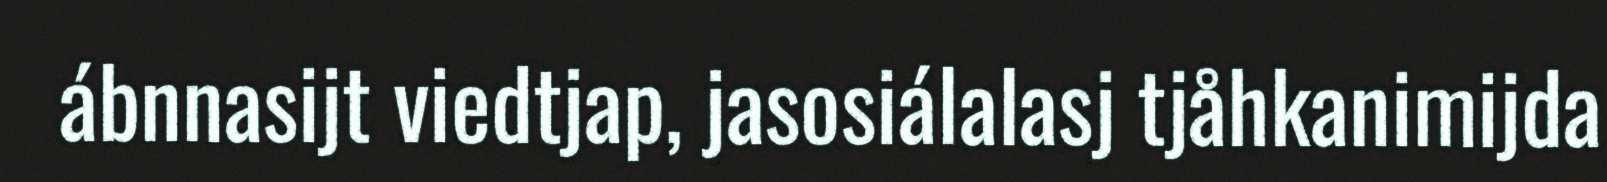
ábnnasijt viedtjap, jasosiálalasj tjåhkanimijda